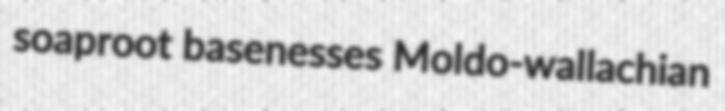
soaproot basenesses Moldo-wallachian